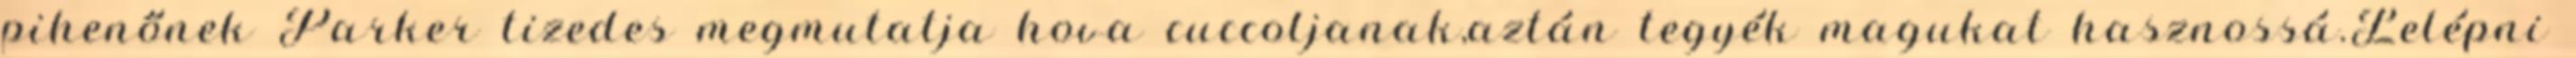
pihenőnek Parker tizedes megmutatja hova cuccoljanak,aztán tegyék magukat hasznossá.Lelépni